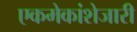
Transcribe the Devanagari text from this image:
एकमेकांशेजारी